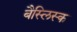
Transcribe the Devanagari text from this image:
बैस्लिस्क